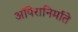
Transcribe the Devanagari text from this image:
ऑपेरानिर्माते